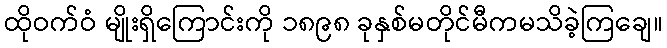
ထိုဝက်ဝံ မျိုးရှိကြောင်းကို ၁၈၉၈ ခုနှစ်မတိုင်မီကမသိခဲ့ကြချေ။